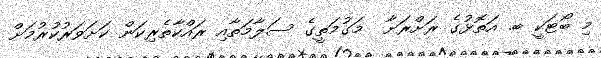
މި ބޯޓަކީ ބ. އަތޮޅުގެ ރަށްރަށާ  މަގުމަތީގެ ސަލާމަތާއި ރައްކާތެރިކަން ކަށަވަރުކުރުމަށް